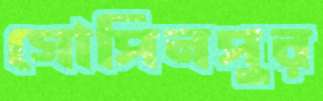
গোপিনপুর